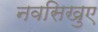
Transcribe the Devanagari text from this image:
नवसिखुए